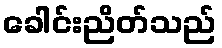
ခေါင်းညိတ်သည်